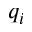
q _ { i }